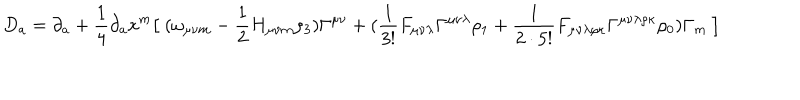
D _ { a } = \partial _ { a } + { \frac { 1 } { 4 } } \partial _ { a } x ^ { m } \big [ \ ( \omega _ { \mu \nu m } - { \frac { 1 } { 2 } } H _ { \mu \nu m } \rho _ { 3 } ) \Gamma ^ { \mu \nu } + ( { \frac { 1 } { 3 ! } } F _ { \mu \nu \lambda } \Gamma ^ { \mu \nu \lambda } \rho _ { 1 } + { \frac { 1 } { 2 \cdot 5 ! } } F _ { \mu \nu \lambda \rho \kappa } \Gamma ^ { \mu \nu \lambda \rho \kappa } \rho _ { 0 } ) \Gamma _ { m } \ \big ]